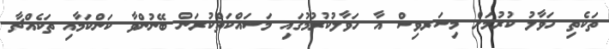
ތަކެތި ހަވާލު ކުރުމަށް މިސަރވިސް އާ ހަވާލުކުރުމުގައި މަސައްކަތްކުރަން ބޭނުންވާ ކަންކަމާއި ތަކެއްޗާ